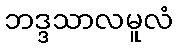
ဘဒ္ဒသာလမူလံ